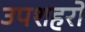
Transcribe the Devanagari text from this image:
उपशहरों